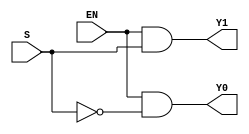
module Decoder2x1(S,EN,Y0,Y1);
input S,EN;
output Y0,Y1;
wire Sbar;
not DUT1(Sbar,S);
and DUT2(Y0,EN,Sbar);
and DUT3(Y1,EN,S);
endmodule